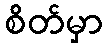
စိတ်မှာ